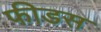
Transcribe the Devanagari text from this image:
फीडस